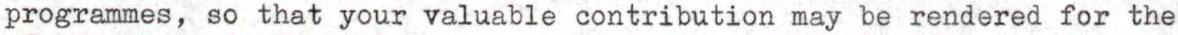
programmes, so that your valuable contribution may be rendered for the